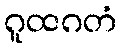
ဂူထဂတံ